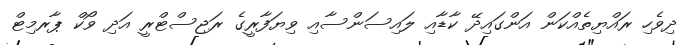
ދިވެހި ރައްޔިތެއްކަން އަންގައިދޭ ކާޑާއި ލައިސަންސާއި ވިޔަފާރީގެ ރަޖިސްޓްރީ އަދި ވޯކް ޕާރމިޓް